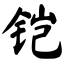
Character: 铠